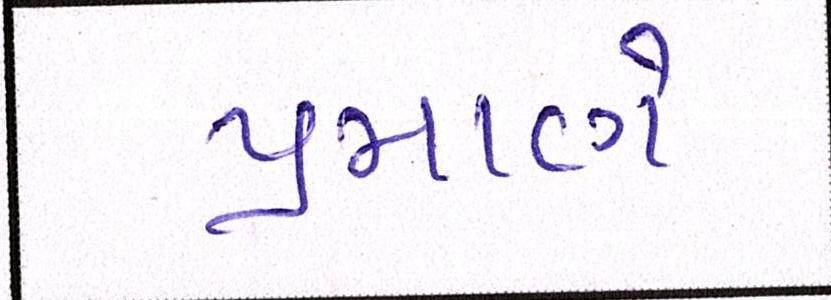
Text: પ્રમાણે